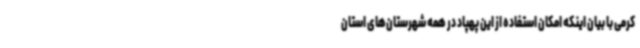
کرمی با بیان اینکه امکان استفاده از این پهپاد در همه شهرستان‌های استان